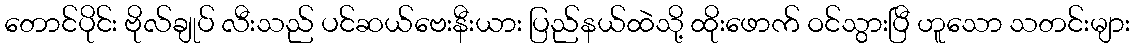
တောင်ပိုင်း ဗိုလ်ချုပ် လီးသည် ပင်ဆယ်ဗေးနီးယား ပြည်နယ်ထဲသို့ ထိုးဖောက် ဝင်သွားပြီ ဟူသော သတင်းများ